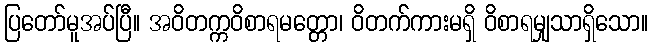
ပြတော်မူအပ်ပြီ။ အဝိတက္ကဝိစာရမတ္တော၊ ဝိတက်ကားမရှိ ဝိစာရမျှသာရှိသော။